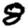
Digit: 8